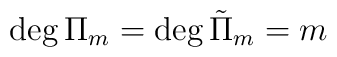
\deg \Pi_{m} = \deg {\tilde{\Pi}}_{m} = m